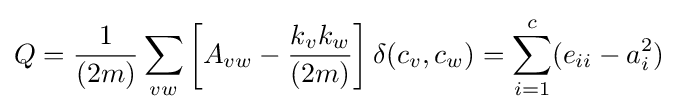
Q={\frac {1}{(2m)}}\sum _{vw}\left[A_{vw}-{\frac {k_{v}k_{w}}{(2m)}}\right]\delta (c_{v},c_{w})=\sum _{i=1}^{c}(e_{ii}-a_{i}^{2})